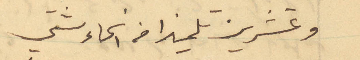
وعشرينَ تلميذا من انحاء شتي